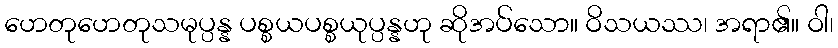
ဟေတုဟေတုသမုပ္ပန္န ပစ္စယပစ္စယုပ္ပန္နဟု ဆိုအပ်သော။ ဝိသယဿ၊ အရာ၏။ ဝါ၊